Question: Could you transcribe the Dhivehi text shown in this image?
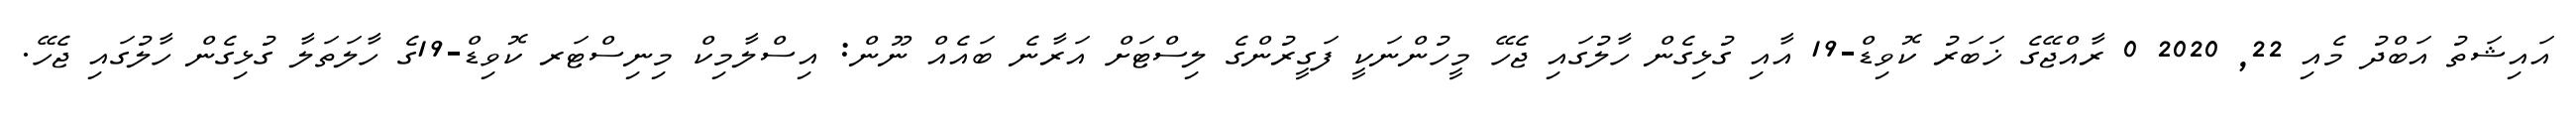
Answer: އައިޝަތު އަބްދު މެއި 22, 2020 0 ރާއްޖޭގެ ޚަބަރު ކޮވިޑް-19 އާއި ގުޅިގެން ހާލުގައި ޖެހޭ މީހުންނަކީ ފަގީރުންގެ ލިސްޓަށް އަރާނެ ބައެއް ނޫން: އިސްލާމިކް މިނިސްޓަރ ކޮވިޑް-19ގެ ހާލަތަލާ ގުޅިގެން ހާލުގައި ޖެހޭ.